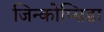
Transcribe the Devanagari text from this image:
जिन्कोप्सिडा